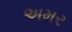
અમર